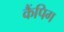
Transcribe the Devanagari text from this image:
कैंपिग